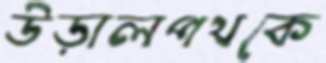
উড়ালপথকে